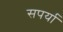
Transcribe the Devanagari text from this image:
सपर्या